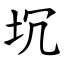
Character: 坈